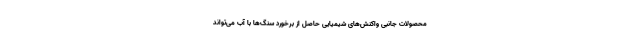
محصولات جانبی واکنش‌های شیمیایی حاصل از برخورد سنگ‌ها با آب می‌تواند